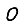
Digit: 0